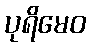
ပုရိမေဝ